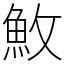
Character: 䰻